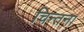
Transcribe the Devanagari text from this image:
चिन्तना